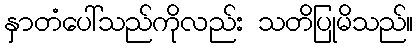
နှာတံပေါ်သည်ကိုလည်း သတိပြုမိသည်။